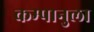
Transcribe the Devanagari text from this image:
कम्पानुला